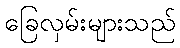
ခြေလှမ်းများသည်